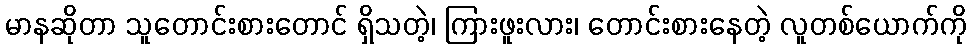
မာနဆိုတာ သူတောင်းစားတောင် ရှိသတဲ့၊ ကြားဖူးလား၊ တောင်းစားနေတဲ့ လူတစ်ယောက်ကို